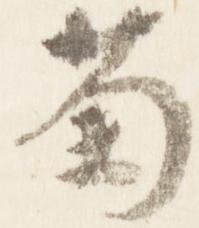
菊